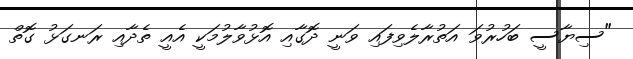
"ސިޔާސީ ބަހުރުވަ އަތުރާލެވިފައި ވަނީ ދޮގާއި އޮޅުވާލުމަކީ އެއީ ތެދާއި ރަނގަޅު ގޮތް